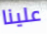
علينا